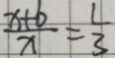
\frac { x + b } { x } = \frac { 1 } { 3 }